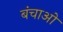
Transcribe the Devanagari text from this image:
बंचाओ